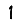
Digit: 1